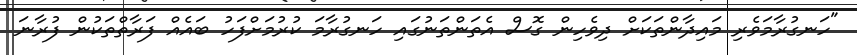
"ހަނގުރާމަވެރި މައިދާންތަކަށް ދިވެހިން ގޮސް އެތަންތަނުގައި ހަނގުރާމަ ކުރުމަށްފަހު ބައެއް ފަރާތްތަކުން ފުރާނަ